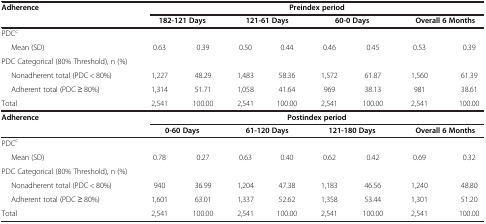
| <ROWSPAN=2> Adherence | <COLSPAN=8> Preindex period |
 | <COLSPAN=2> 182-121 Days | <COLSPAN=2> 121-61 Days | <COLSPAN=2> 60-0 Days | <COLSPAN=2> Overall 6 Months |
 | --- | --- | --- | --- | --- | --- | --- | --- | --- |
 | PDCc |  |  |  |  |  |  |  |  |
 | Mean (SD) | 0.63 | 0.39 | 0.50 | 0.44 | 0.46 | 0.45 | 0.53 | 0.39 |
 | PDC Categorical (80% Threshold), n (%) |  |  |  |  |  |  |  |  |
 | Nonadherent total (PDC < 80%) | 1,227 | 48.29 | 1,483 | 58.36 | 1,572 | 61.87 | 1,560 | 61.39 |
 | Adherent total (PDC ≥ 80%) | 1,314 | 51.71 | 1,058 | 41.64 | 969 | 38.13 | 981 | 38.61 |
 | Total | 2,541 | 100.00 | 2,541 | 100.00 | 2,541 | 100.00 | 2,541 | 100.00 |
 | <ROWSPAN=2> Adherence | <COLSPAN=8> Postindex period |
 | <COLSPAN=2> 0-60 Days | <COLSPAN=2> 61-120 Days | <COLSPAN=2> 121-180 Days | <COLSPAN=2> Overall 6 Months |
 | PDCc |  |  |  |  |  |  |  |  |
 | Mean (SD) | 0.78 | 0.27 | 0.63 | 0.40 | 0.62 | 0.42 | 0.69 | 0.32 |
 | PDC Categorical (80% Threshold), n (%) |  |  |  |  |  |  |  |  |
 | Nonadherent total (PDC < 80%) | 940 | 36.99 | 1,204 | 47.38 | 1,183 | 46.56 | 1,240 | 48.80 |
 | Adherent total (PDC ≥ 80%) | 1,601 | 63.01 | 1,337 | 52.62 | 1,358 | 53.44 | 1,301 | 51.20 |
 | Total | 2,541 | 100.00 | 2,541 | 100.00 | 2,541 | 100.00 | 2,541 | 100.00 |